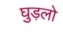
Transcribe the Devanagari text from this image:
घुड़लो